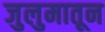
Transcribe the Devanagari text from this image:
जुलुमातून